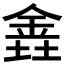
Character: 𫒕